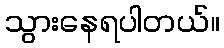
သွားနေရပါတယ်။